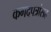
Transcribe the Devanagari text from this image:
कगदपत्रांसह